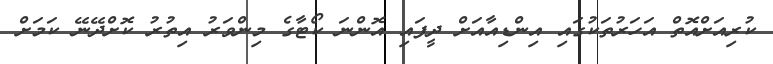
ކުރިއަށްއޮތް އަހަރުތަކުގައި އިންޑިއާއަށް ދީފައި އޮންނަ ކޯޓާގެ މިންވަރު އިތުރު ކޮށްދޭނޭ ކަމަށް